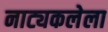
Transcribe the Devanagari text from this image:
नाट्यकलेला